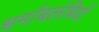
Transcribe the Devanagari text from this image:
धर्माबलंबियों